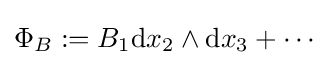
\Phi _{B}:=B_{1}{\rm {d}}x_{2}\wedge {\rm {d}}x_{3}+\cdots